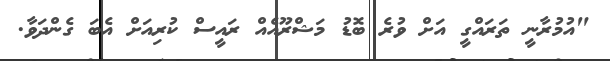
"އުމުރާނީ ތަރައްގީ އަށް ވުރެ ބޮޑު މަޝްރޫއެއް ރައީސް ކުރިއަށް އެބަ ގެންދަވާ.